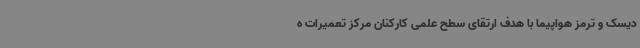
دیسک و ترمز هواپیما با هدف ارتقای سطح علمی کارکنان مرکز تعمیرات ه